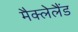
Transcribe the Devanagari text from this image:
मैक्लेलैंड